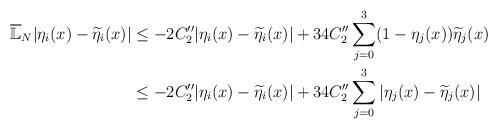
\begin{align*}\overline {\mathbb L}_N |\eta_i(x) - \widetilde \eta_i(x)| & \leq - 2C''_2 |\eta_i(x) - \widetilde \eta_i(x)| + 34 C''_2 \sum\limits_{j =0}^3 (1-\eta_j(x))\widetilde \eta_j(x) \\ & \leq - 2C''_2|\eta_i(x) - \widetilde \eta_i(x)| + 34 C''_2 \sum\limits_{j =0}^3 |\eta_j(x) - \widetilde \eta_j(x)|\end{align*}